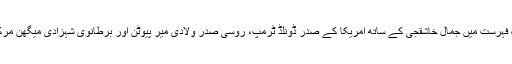
ٹائم میگزین میں جاری کردہ فہرست میں جمال خاشقجی کے ساتھ امریکا کے صدر ڈونلڈ ٹرمپ، روسی صدر ولادی میر پیوٹن اور برطانوی شہزادی میگھن مرکل کو بھی شامل کیا گیا ہے۔